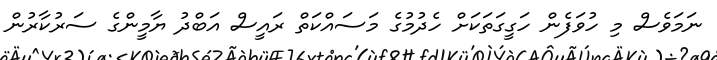
ނަމަވެސް މި ހުވަފެން ހަގީގަތަކަށް ހެދުމުގެ މަސައްކަތް ރައީސް އަބްދު ޔާމީންގެ ސަރުކާރުން